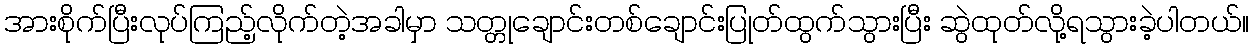
အားစိုက်ပြီးလုပ်ကြည့်လိုက်တဲ့အခါမှာ သတ္တုချောင်းတစ်ချောင်းပြုတ်ထွက်သွားပြီး ဆွဲထုတ်လို့ရသွားခဲ့ပါတယ်။